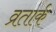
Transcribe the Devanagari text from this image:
व्रतार्क